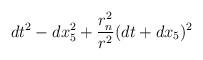
LaTeX: \begin{align*}dt^2 -dx_5^2+{r_n^2 \over r^2} ( dt + dx_5)^2\end{align*}